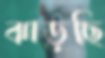
ঝাড়ছি